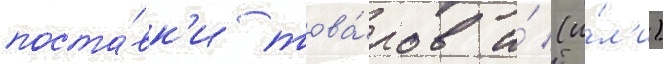
поста́вк'и това́ров и́ (и́л'и)